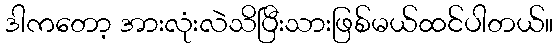
ဒါကတော့ အားလုံးလဲသိပြီးသားဖြစ်မယ်ထင်ပါတယ်။